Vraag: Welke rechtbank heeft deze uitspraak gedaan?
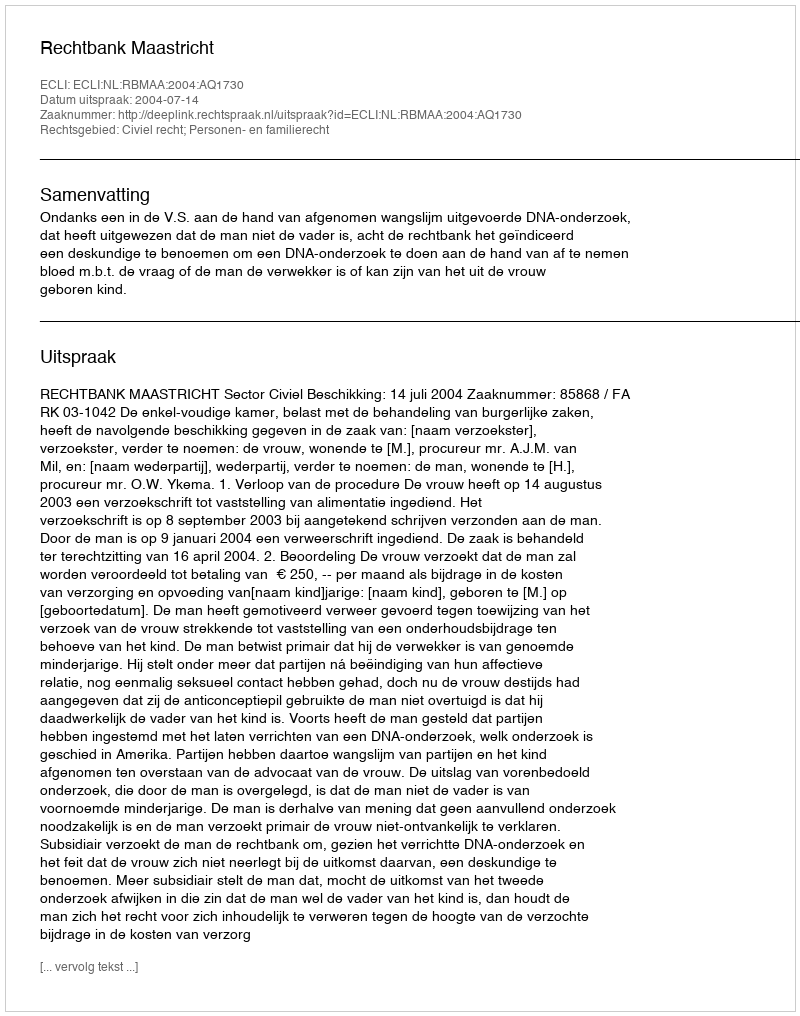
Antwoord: Rechtbank Maastricht